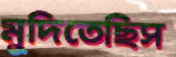
মুদিতেছিস